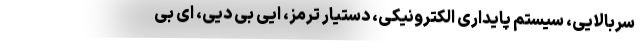
سربالایی، سیستم پایداری الکترونیکی، دستیار ترمز، ایی بی دیی، ای بی